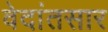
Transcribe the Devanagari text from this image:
वेदांतसार